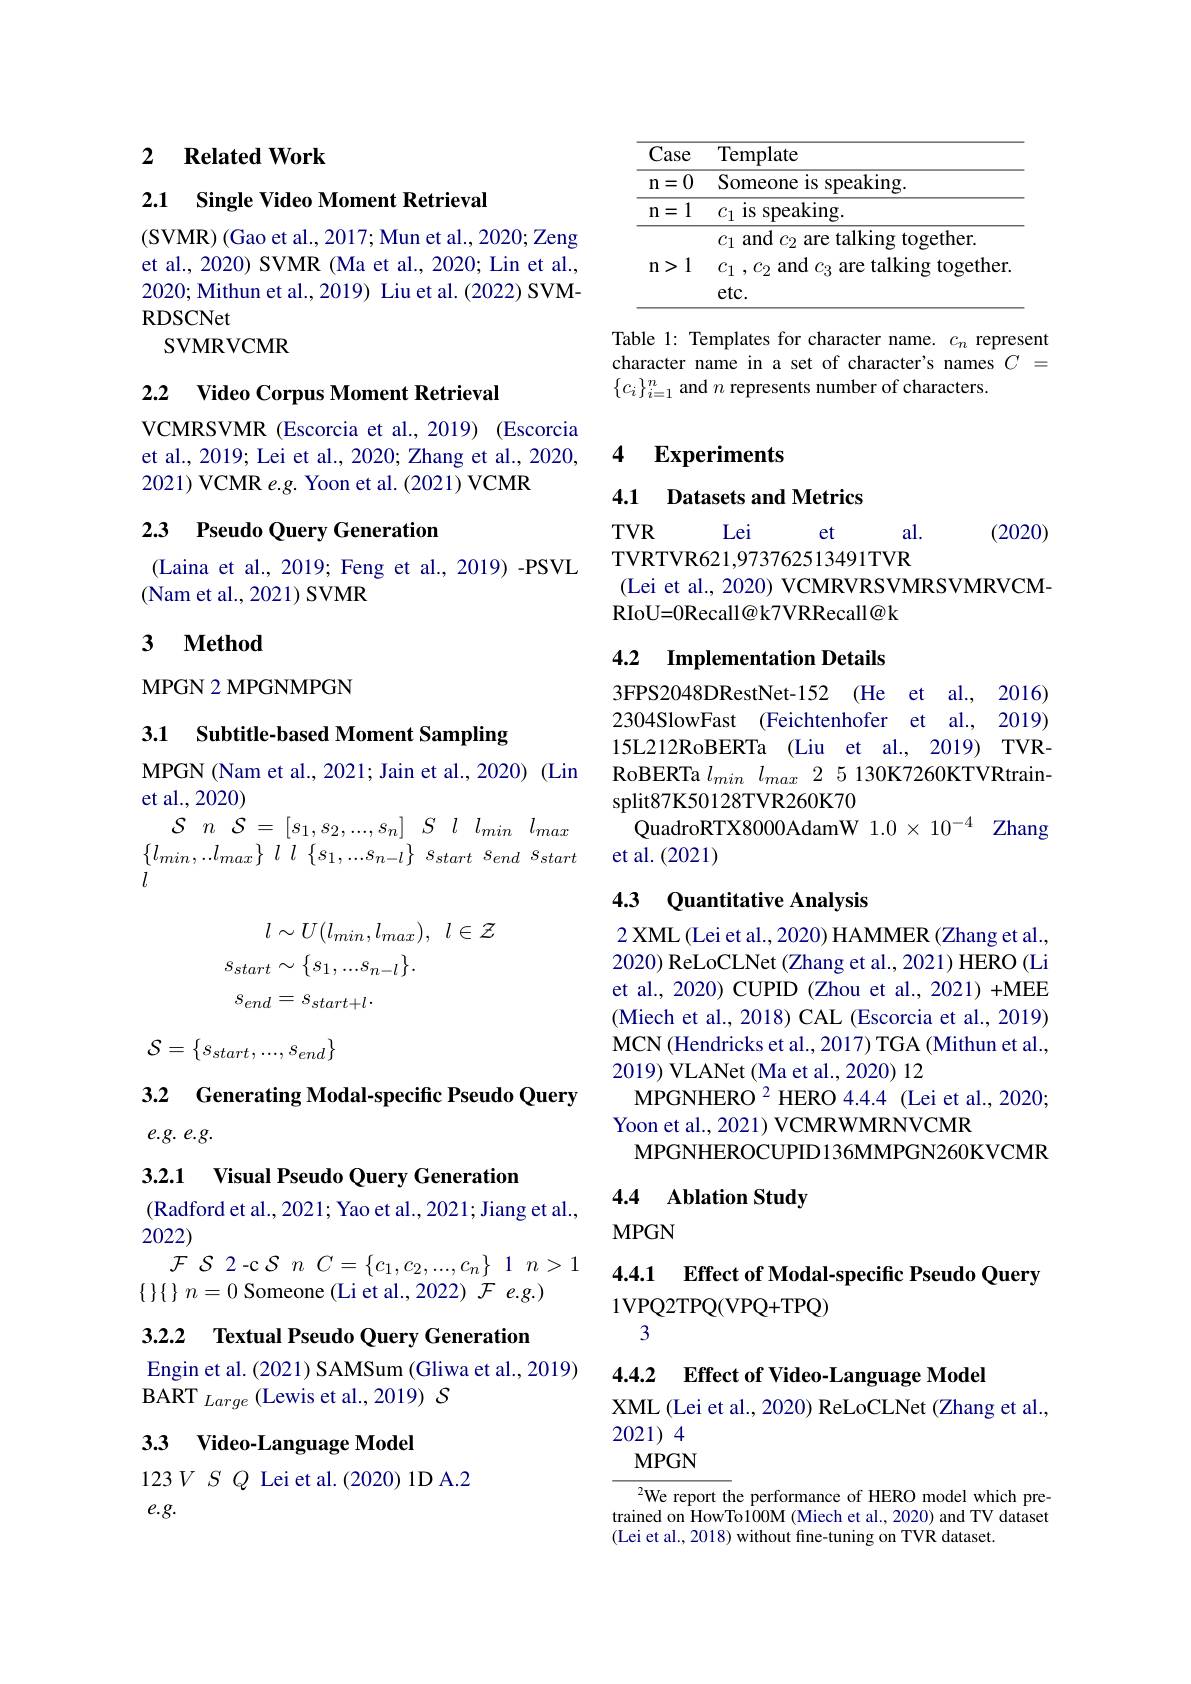
### 2 $\textbf{Related Work}$

2.1 Single Video Moment Retrieval

(SVMR) (Gao et al., 2017; Mun et al., 2020; Zeng et al., 2020) SVMR (Ma et al., 2020; Lin et al., 2020; Mithun et al., 2019) Liu et al. (2022) SVMRDSCNet
${\mathrm{SVMRVCMR}}$

### 2.2 $\textbf{Video Corpus Moment Retrieval}$

VCMRSVMR (Escorcia et al., 2019) (Escorcia et al., 2019; Lei et al., 2020; Zhang et al., 2020, 2021) VCMR e.g. Yoon et al.(2021) VCMR

### 2.3 Pseudo Query Generation

(Laina et al., 2019; Feng et al., 2019) -PSVL
(Nam et al., 2021) SVMR

### 3 $\textbf{Method}$

MPGN 2 MPGNMPGN

3.1 Subtitle-based Moment Sampling

MPGN (Nam et al., 2021; Jain et al., 2020) (Lin
et al.,2020)

$\mathcal{S}$ $n$ $\mathcal{S}$ = $[ s_{1}, s_{2}, . . . , s_{n}]$ $S$ $l$ $l_{min}$ $l_{max}$ $\begin{array}{ll}{\{l_{min},..l_{max}\}}&{l\:l\:\{s_{1},...s_{n-l}\}\:s_{start}\:s_{end}\:s_{start}}\\{l}\\\end{array}$

$l\sim U( l_{min}, l_{max}) $, $l\in \mathcal{Z}$
$s_{start}\sim\left\{s_{1},...s_{n-l}\right\}.$
$s_{end}=s_{start+l}.$
$\mathcal{S}=\begin{Bmatrix}s_{start},...,s_{end}\end{Bmatrix}$

3.2 Generating Modal-specific Pseudo Query
### $e. g.$ $e. g.$

3.2.1 Visual Pseudo Query Generation

(Radford et al., 2021; Yao et al., 2021; Jiang et al.,
2022)

$\mathcal{F}$ $S$ 2 $- c$ $S$ $n$ $C= \{ c_{1}, c_{2}, . . . , c_{n}\}$ 1 $n> 1$
$\{$ $\} \{$ $\}$ $n= 0$ Someone (Li et al., 2022) $\mathcal{F}$ $e. g. )$

3.2.2 Textual Pseudo Query Generation

Engin et al. (2021) SAMSum (Gliwa et al., 2019)
BART $_{Large}$ (Lewis et al.,2019) S

33 Video-Language Model

$123VSQ$ Lei et al.(2020) 1D A.2
$e.g.$

<table>
	<tbody>
		<tr>
			<th>Case</th>
			<th>Template</th>
		</tr>
		<tr>
			<td>0 $n$ =</td>
			<td>${\mathrm{Someone~is~speaking.}}$</td>
		</tr>
		<tr>
			<td>1 $n$ =</td>
			<td>$c_{1}\textbf{ is speaking}.$</td>
		</tr>
		<tr>
			<td>1 > $n$</td>
			<td>$\operatorname{am}比2$ $^{\mathrm{lI}}\mathbf{S}$ $\log{\mathrm{cll}}.$ $\textbf{、 }$ $c_{1}$ $, c_{2}$ and $c_{3}$ are talking together $etc.$</td>
		</tr>
	</tbody>
</table>

Table 1: Templates for character name. $c_n$ represent character name in a set of character's names $C=$ $\{c_i\}_{i=1}^n$ and $n$ represents number of characters.

4 $\textbf{Experiments}$

4.1
Datasets and Metrics

$TVR$

(2020)

Lei
al.
et
TVRTVR621,973762513491TVR
(Lei et al., 2020) VCMRVRSVMRSVMRVCM-
RIoU=0Recall@k7VRRecall@k

## 4.2 Implementation Details

3FPS2048DRestNet-152 (He et al., 2016) 2304SlowFast (Feichtenhofer et al., 2019) 15L212RoBERTa (Liu et al., 2019) TVRRoBERTa $l_{min}$ $l_{max}$ 2 5 130K7260KTVRtrainsplit87K50128TVR260K70
QuadroRTX8000AdamW $1.0\times10^{-4}$ Zhang
et al.(2021)

### 4.3 Quantitative Analysis

2 XML (Lei et al., 2020) HAMMER (Zhang et al., 2020) ReLoCLNet (Zhang et al., 2021) HERO (Li et al., 2020) CUPID (Zhou et al., 2021) +MEE (Miech et al., 2018) CAL (Escorcia et al., 2019) MCN (Hendricks et al., 2017) TGA (Mithun et al., 2019) VLANet (Ma et al., 2020) 12
MPGNHERO $^2$ HERO 4.4.4 (Lei et al., 2020;
Yoon et al., 2021) VCMRWMRNVCMR
MPGNHEROCUPID136MMPGN260KVCMR

4.4 Ablation Study

## $MPGN$

### 4.4.1 Effect of Modal-specific Pseudo Query 1VPQ2TPQ(VPQ+TPQ) 3

4.4.2 $\textbf{Effect of Video- Language Model}$

XML (Lei et al., 2020) ReLoCLNet (Zhang et al.,
2021) 4
MPGN

$^{2}$We report the performance of HERO model which pretrained on HowTo100M (Miech et al., 2020) and TV dataset (Lei et al., 2018) without fine-tuning on TVR dataset.